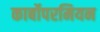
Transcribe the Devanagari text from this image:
कार्बोपरमियन